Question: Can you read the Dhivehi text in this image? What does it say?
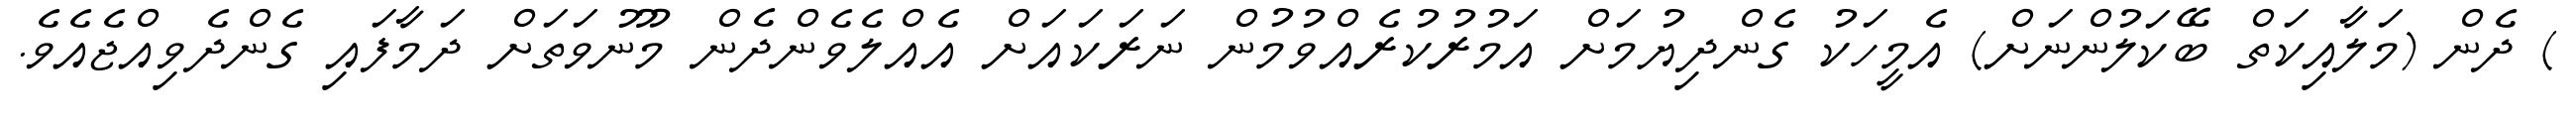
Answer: ) ދެން (މަލާއިކަތް ބޭކަލުންނަށް) އެމީހަކު ގެންދިޔުމަށް އަމުރުކުރެއްވުމުން ނަރަކައަށް އެއްލެވެންދެން މޫނުވަތަށް ދަމާފައި ގެންދެވިއްޖެއެވެ.